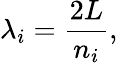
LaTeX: \lambda_{i}={\frac{2L}{n_{i}}},